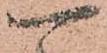
可